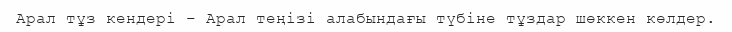
Арал тұз кендері – Арал теңізі алабындағы түбіне тұздар шөккен көлдер.